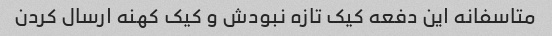
متاسفانه این دفعه کیک تازه نبودش و کیک کهنه ارسال کردن